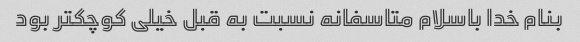
بنام خدا باسلام متاسفانه نسبت به قبل خیلی کوچکتر بود